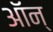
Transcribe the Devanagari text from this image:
ऑन्